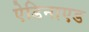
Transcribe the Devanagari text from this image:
ऐडिनाएड